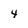
Character: 4